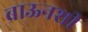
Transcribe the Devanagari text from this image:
ब्राऊनशी